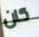
كان